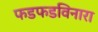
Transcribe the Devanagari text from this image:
फडफडविनारा